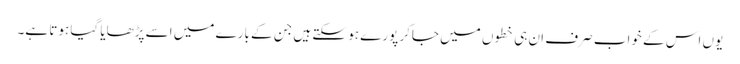
یوں اس کے خواب صرف ان ہی خطوں میں جاکر پورے ہو سکتے ہیں جن کے بارے میں اسے پڑھایا گیا ہوتا ہے۔